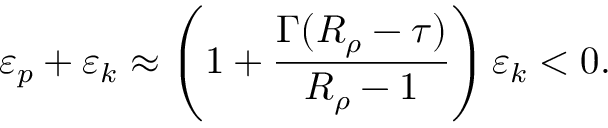
\varepsilon _ { p } + \varepsilon _ { k } \approx \left( 1 + \frac { \Gamma ( R _ { \rho } - \tau ) } { R _ { \rho } - 1 } \right) \varepsilon _ { k } < 0 .